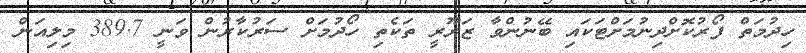
ހިދުމަތް ފޯރުކޮށްދިނުމަށްޓަކައި ބޭނުންވާ ޒަރޫރީ ތަކެތި ހޯދުމަށް ސަރުކާރުން ވަނީ 389.7 މިލިއަން